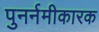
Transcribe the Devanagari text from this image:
पुनर्नमीकारक